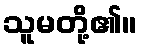
သူမတို့၏။